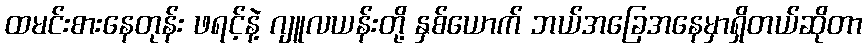
ထမင်းစားနေတုန်း ဖရင့်နဲ့ ဂျူလယန်းတို့ နှစ်ယောက် ဘယ်အခြေအနေမှာရှိတယ်ဆိုတာ